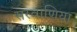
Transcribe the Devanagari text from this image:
सरवाणिया